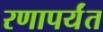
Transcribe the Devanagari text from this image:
रणापर्यंत